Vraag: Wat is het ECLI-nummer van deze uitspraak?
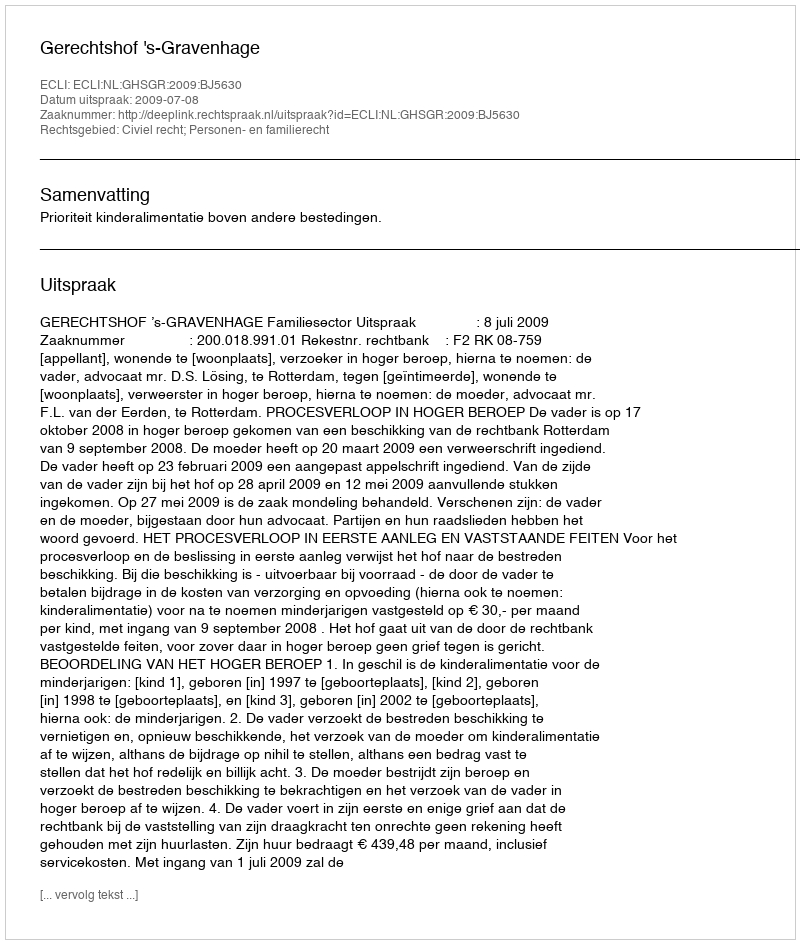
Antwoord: ECLI:NL:GHSGR:2009:BJ5630